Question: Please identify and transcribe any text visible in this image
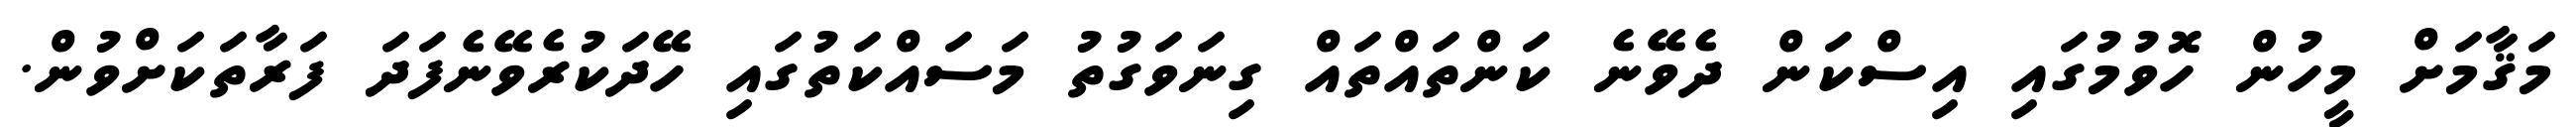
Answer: މަޤާމަށް މީހުން ހޮވުމުގައި އިސްކަން ދެވޭނެ ކަންތައްތައް ގިނަވަގުތު މަސައްކަތުގައި ހޭދަކުރެވޭނެފަދަ ފަރާތަކަށްވުން.